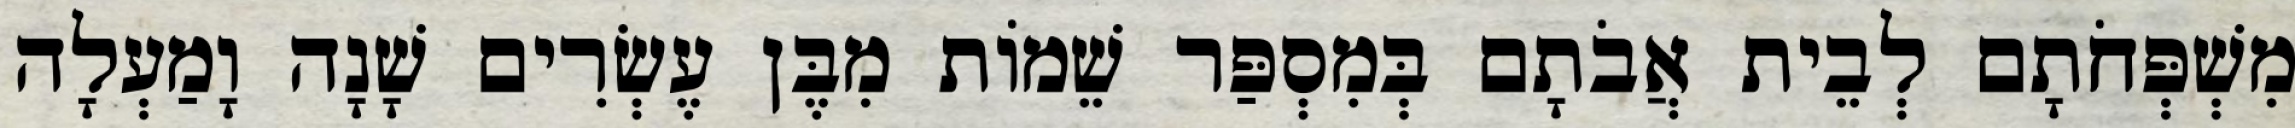
מִשְׁפְּחֹתָם לְבֵית אֲבֹתָם בְּמִסְפַּר שֵׁמוֹת מִבֶּן עֶשְׂרִים שָׁנָה וָמַעְלָה